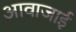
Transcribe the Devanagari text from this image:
आवाजाई